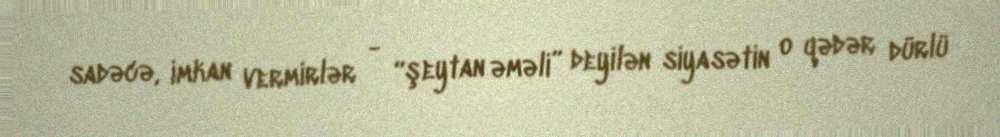
sadəcə, imkan vermirlər - “şeytan əməli” deyilən siyasətin o qədər dürlü